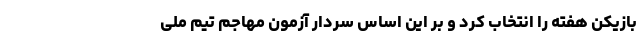
بازیکن هفته را انتخاب کرد و بر این اساس سردار آزمون مهاجم تیم ملی